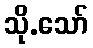
သို.သော်